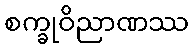
စက္ခုဝိညာဏဿ